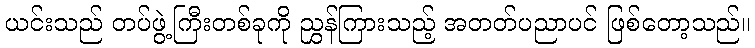
ယင်းသည် တပ်ဖွဲ့ကြီးတစ်ခုကို ညွှန်ကြားသည့် အတတ်ပညာပင် ဖြစ်တော့သည်။